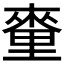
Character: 𨤭